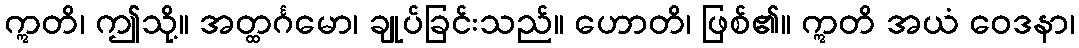
ဣတိ၊ ဤသို့။ အတ္ထင်္ဂမော၊ ချုပ်ခြင်းသည်။ ဟောတိ၊ ဖြစ်၏။ ဣတိ အယံ ဝေဒနာ၊